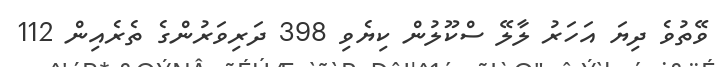
ވޭތުވެ ދިޔަ އަހަރު ލާލޭ ސްކޫލުން ކިޔެވި 398 ދަރިވަރުންގެ ތެރެއިން 112